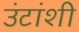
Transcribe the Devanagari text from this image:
उंटांशी